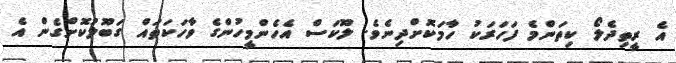
އެ ރީތިދެލޯ ކިތަންމެ ފަހަރަކު ހާމަކޮށްދިނެވެ. ލޫކަސް އެހެންމީހުންގެ ވާހަކަތައް ގަބޫލުކޮށްގެން އެ